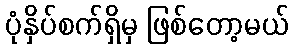
ပုံနှိပ်စက်ရှိမှ ဖြစ်တော့မယ်